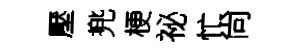
壓兠梗祕忙尙